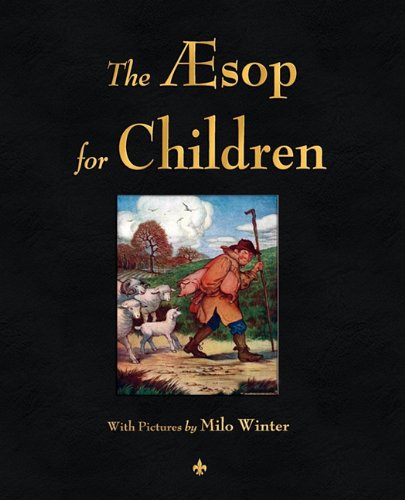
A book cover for The Aesop for Children (Illustrated Edition); Aesop; Politics & Social Sciences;